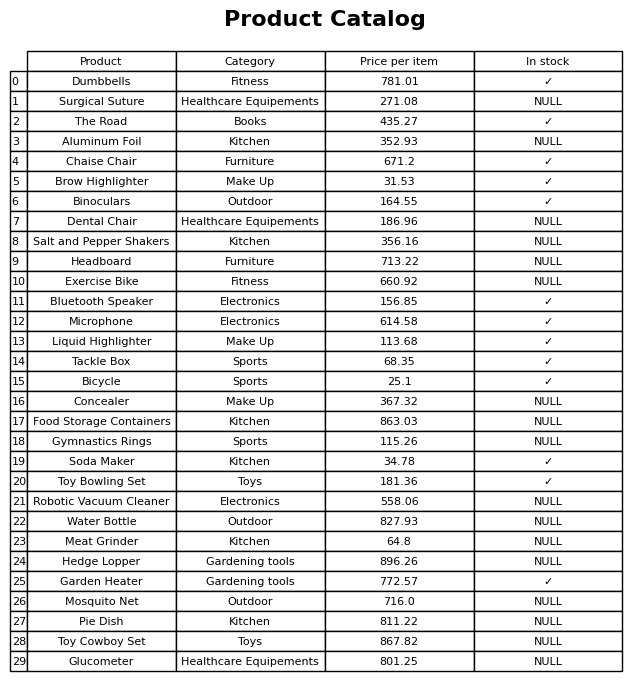
question: Which products are currently out of stock?
answer: Surgical Suture, Aluminum Foil, Dental Chair, Salt and Pepper Shakers, Headboard, Exercise Bike, Concealer, Food Storage Containers, Gymnastics Rings, Robotic Vacuum Cleaner, Water Bottle, Meat Grinder, Hedge Lopper, Mosquito Net, Pie Dish, Toy Cowboy Set, Glucometer